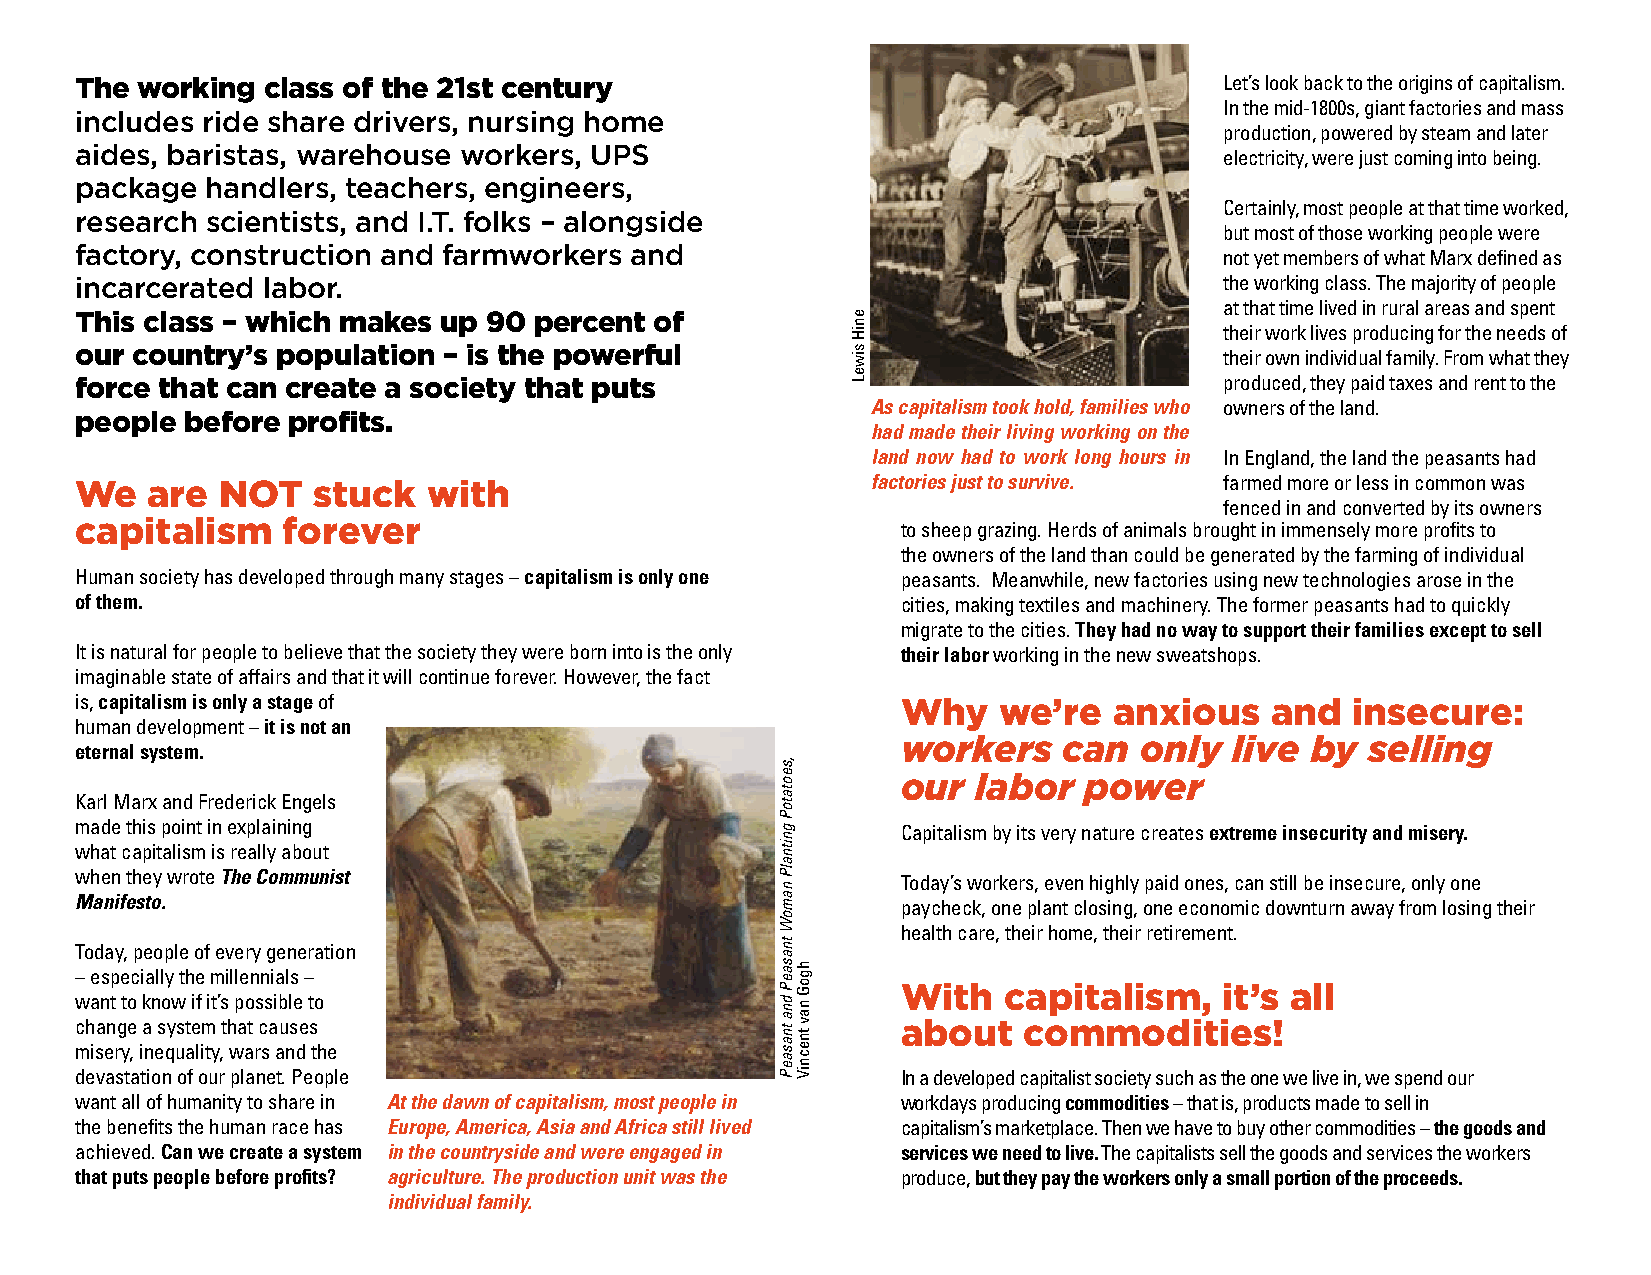
The working class of the 21st century                                       Let’s look back to the origins of capitalism.
 In the mid-1800s, giant factories and mass
 includes ride share drivers, nursing home
 production, powered by steam and later
 aides, baristas, warehouse workers, UPS                                     electricity, were just coming into being.
 package  handlers, teachers, engineers,
 Certainly, most people at that time worked,
 research scientists, and I.T. folks – alongside
 but most of those working people were
 factory, construction and farmworkers and                                   not yet members of what Marx defined as
 incarcerated labor.                                                         the working class. The majority of people
 at that time lived in rural areas and spent
 This class – which makes up 90 percent of
 their work lives producing for the needs of
 our country’s population – is the powerful                                  their own individual family. From what they
 force that can create a society that puts                                   produced, they paid taxes and rent to the
 As capitalism took hold, families who owners of the land.
 people before profits.
 had made their living working on the
 land now had to work long hours in In England, the land the peasants had
 factories just to survive. farmed more or less in common was
 We   are NOT    stuck  with
 fenced in and converted by its owners
 capitalism    forever                                  to sheep grazing. Herds of animals brought in immensely more profits to
 the owners of the land than could be generated by the farming of individual
 Human society has developed through many stages – capitalism is only one peasants. Meanwhile, new factories using new technologies arose in the
 of them.                                               cities, making textiles and machinery. The former peasants had to quickly
 migrate to the cities. They had no way to support their families except to sell
 It is natural for people to believe that the society they were born into is the only their labor working in the new sweatshops.
 imaginable state of affairs and that it will continue forever. However, the fact
 is, capitalism is only a stage of                      Why   we’re   anxious   and  insecure:
 human development – it is not an
 workers   can  only   live by  selling
 eternal system.
 our  labor  power
 Karl Marx and Frederick Engels
 made this point in explaining                          Capitalism by its very nature creates extreme insecurity and misery.
 what capitalism is really about
 when they wrote The Communist                          Today’s workers, even highly paid ones, can still be insecure, only one
 Manifesto.                                             paycheck, one plant closing, one economic downturn away from losing their
 health care, their home, their retirement.
 Today, people of every generation
 – especially the millennials –
 With  capitalism,    it’s all
 want to know if it’s possible to
 change a system that causes                            about   commodities!
 misery, inequality, wars and the
 devastation of our planet. People                      In a developed capitalist society such as the one we live in, we spend our
 want all of humanity to share in At the dawn of capitalism, most people in workdays producing commodities – that is, products made to sell in
 the benefits the human race has Europe, America, Asia and Africa still lived capitalism’s marketplace. Then we have to buy other commodities – the goods and
 achieved. Can we create a system in the countryside and were engaged in services we need to live. The capitalists sell the goods and services the workers
 that puts people before profits? agriculture. The production unit was the produce, but they pay the workers only a small portion of the proceeds.
 individual family.
 ,seotatoP
 gnitnalP
 namoW
 tnasaeP
 dna
 tnasaeP
 hgoG
 nav
 tnecniV
 eniH
 siweL